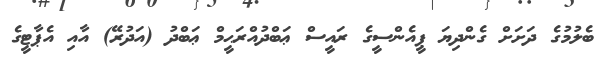
ބެލުމުގެ ދަށަށް ގެންދިޔަ ޕީއެންސީގެ ރައީސް ޢަބްދުއްރަޙީމް ޢަބްދު (އަދުރޭ) އާއި އެޕާޓީގެ